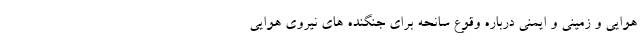
هوایی و زمینی و ایمنی درباره وقوع سانحه برای جنگنده های نیروی هوایی